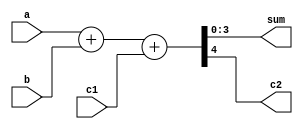
`timescale 1ns / 1ps
//////////////////////////////////////////////////////////////////////////////////
// Company: 
// Engineer: 
// 
// Design Name: 
// Module Name:    four 
// Project Name: 
// Target Devices: 
// Tool versions: 
// Description: 
//
// Dependencies: 
//
// Revision: 
// Revision 0.01 - File Created
// Additional Comments: 
//
//////////////////////////////////////////////////////////////////////////////////
module four(a, b, c1, sum, c2
    
	);
		
	input wire[3:0] a, b;
		
	input c1;//c1

	output wire[3:0] sum;
		
	output 	c2;//c2abc1
		
	assign {c2, sum} = a+b+c1;


endmodule